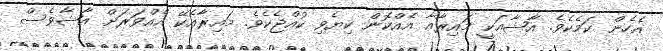
އެހެން ކަމެކެވެ. އާޝާއަކީ މައިރާއާ އެއްކޮން ކިޔެވި ކުއްޖެކެވެ. މައިރާއެކޭ އެއްވަރަށް އާޝާވެސް